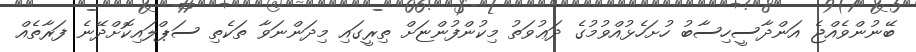
ބޭނުންވެއްޖެ އަންދާސީހިސާބު ހުށަހެޅުއްވުމުގެ ދަޢުވަތު މިކުންފުންޏަށް ތިރީގައި މިދަންނަވާ ތަކެތި ސަޕްލައިކޮށްދޭނެ ފަރާތެއް